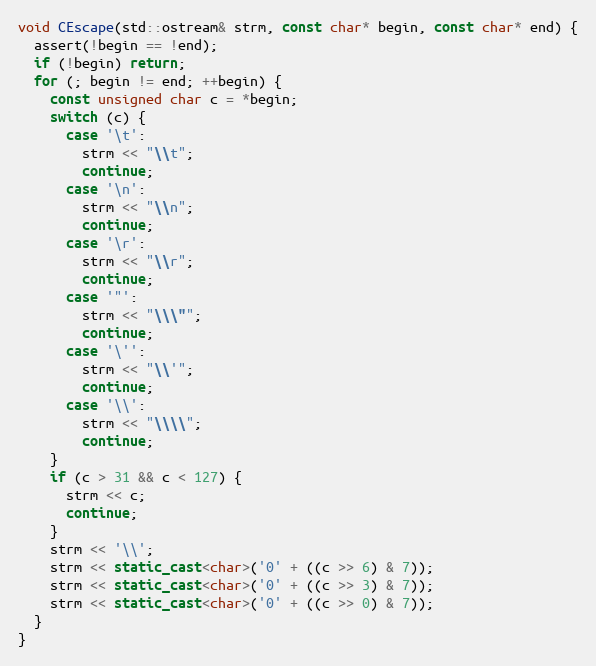
Language: C++
void CEscape(std::ostream& strm, const char* begin, const char* end) {
  assert(!begin == !end);
  if (!begin) return;
  for (; begin != end; ++begin) {
    const unsigned char c = *begin;
    switch (c) {
      case '\t':
        strm << "\\t";
        continue;
      case '\n':
        strm << "\\n";
        continue;
      case '\r':
        strm << "\\r";
        continue;
      case '"':
        strm << "\\\"";
        continue;
      case '\'':
        strm << "\\'";
        continue;
      case '\\':
        strm << "\\\\";
        continue;
    }
    if (c > 31 && c < 127) {
      strm << c;
      continue;
    }
    strm << '\\';
    strm << static_cast<char>('0' + ((c >> 6) & 7));
    strm << static_cast<char>('0' + ((c >> 3) & 7));
    strm << static_cast<char>('0' + ((c >> 0) & 7));
  }
}